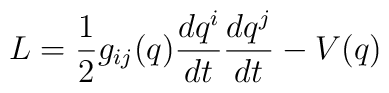
L =\frac{1}{2} g_{ij} (q) \frac{dq^i}{dt} \frac{dq^j                      }{dt} - V(q)